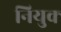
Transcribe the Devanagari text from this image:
नियुक्‍